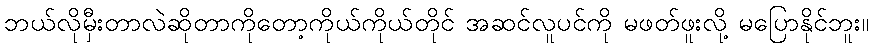
ဘယ်လိုမှီးတာလဲဆိုတာကိုတော့ကိုယ်ကိုယ်တိုင် အဆင်လူပင်ကို မဖတ်ဖူးလို့ မပြောနိုင်ဘူး။